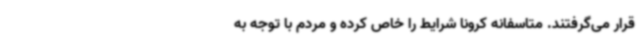
قرار می‌گرفتند. متاسفانه کرونا شرایط را خاص کرده و مردم با توجه به